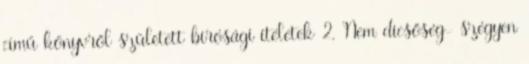
című könyvről született bírósági ítéletek 2. Nem dicsőség- szégyen